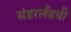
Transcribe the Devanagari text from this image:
संडरलँडची